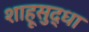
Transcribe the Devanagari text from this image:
शाहूसुद्धा